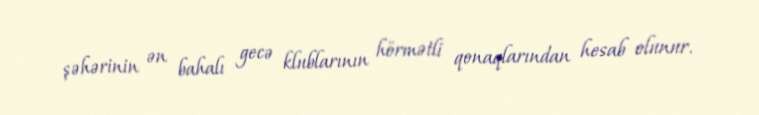
şəhərinin ən bahalı gecə klublarının hörmətli qonaqlarından hesab olunur.